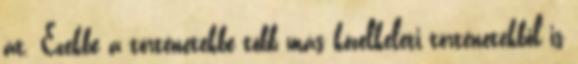
át. Ezekbe a történetekbe több más közelkeleti történetekből is